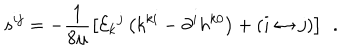
LaTeX: s ^ { i j } = - \frac 1 { 8 \mu } \left[ { \cal E } _ { k } { } ^ { j } \left( k ^ { k i } - \partial ^ { i } h ^ { k 0 } \right) + \left( i \leftrightarrow j \right) \right] \; \, .